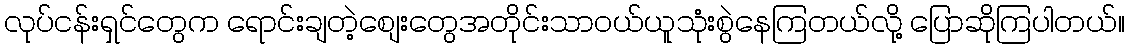
လုပ်ငန်းရှင်တွေက ရောင်းချတဲ့စျေးတွေအတိုင်းသာဝယ်ယူသုံးစွဲနေကြတယ်လို့ ပြောဆိုကြပါတယ်။